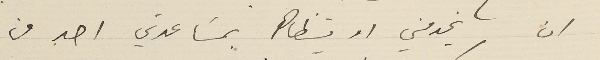
ان يخدمني او يتظاهر بمسَاعدتي احد من